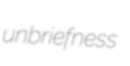
unbriefness